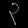
Digit: ၃